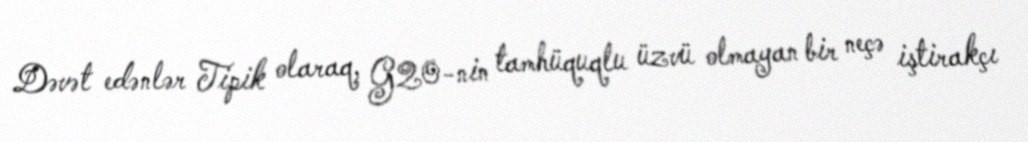
Dəvət edənlər Tipik olaraq, G20-nin tamhüquqlu üzvü olmayan bir neçə iştirakçı